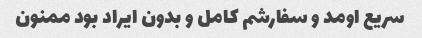
سریع اومد و سفارشم کامل و بدون ایراد بود ممنون